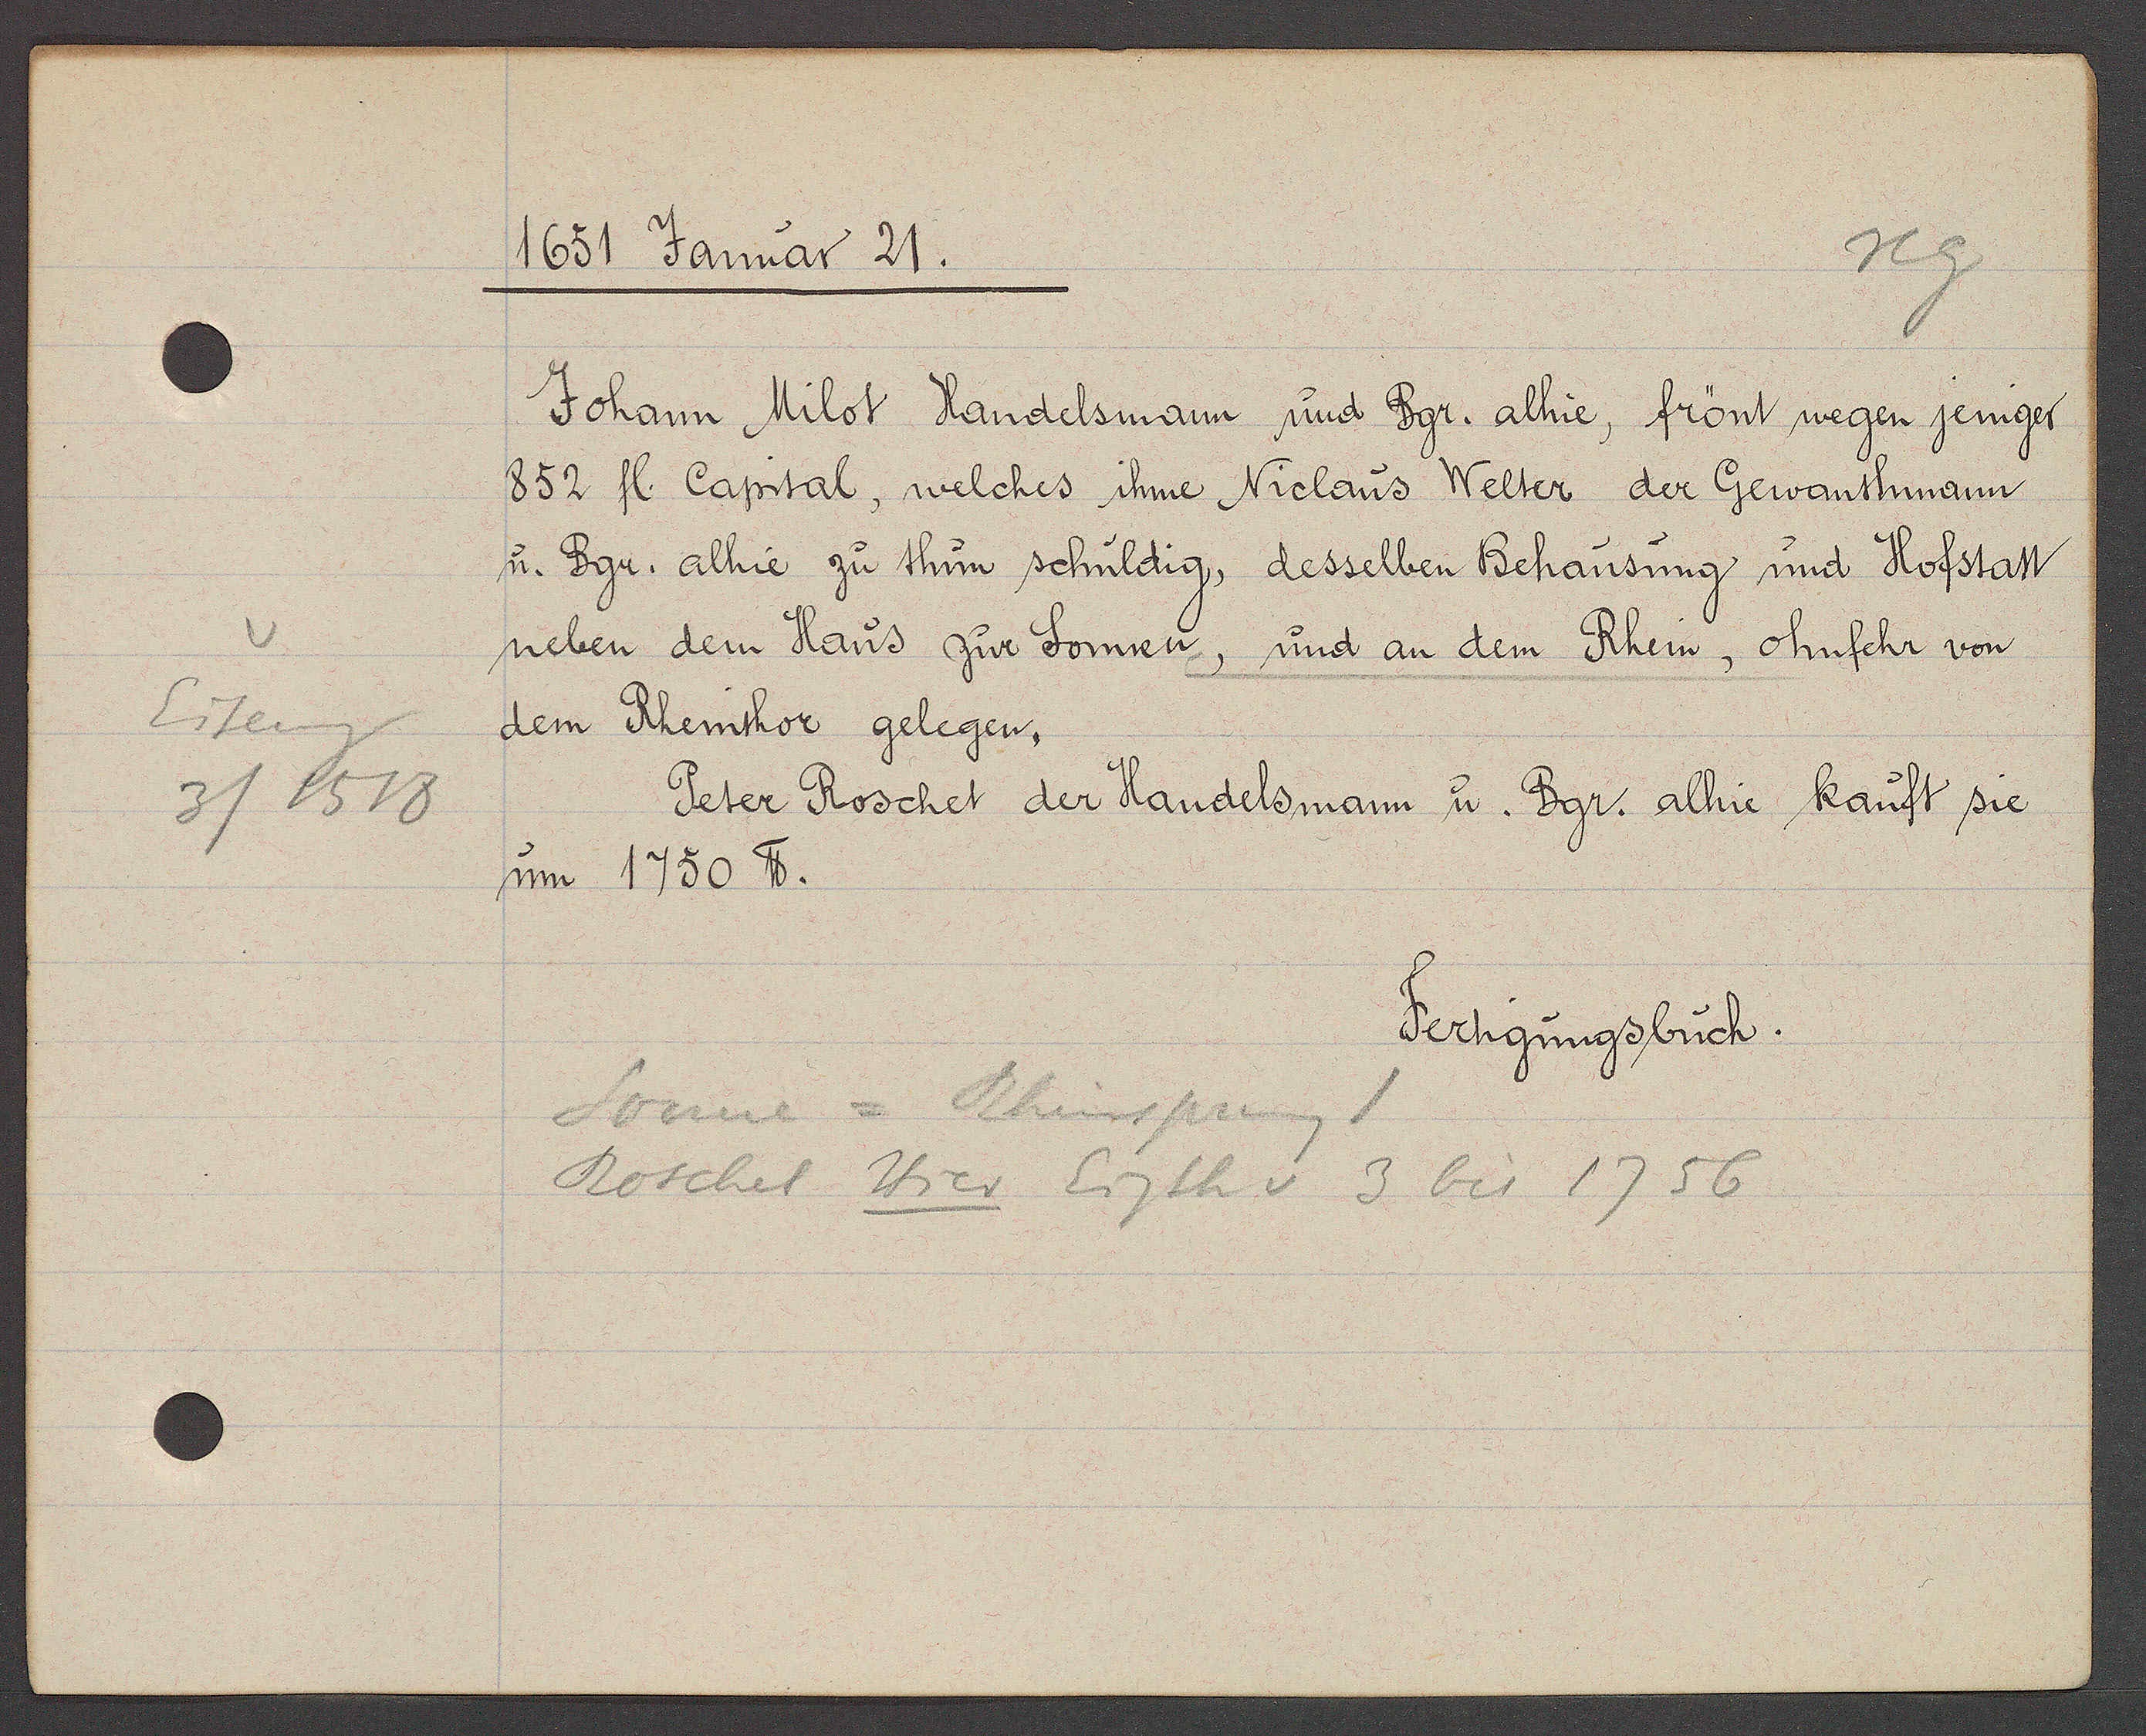
Transcript:
Eiseng
3 / 1518

1651 Januar 21.

Johann Milot Handelsmann und Bgr. alhie, frönt wegen jeniger
852 fl. Capital, welches ihme Niclaus Welter der Gewanthmann
u. Bgr. alhie zu thun schuldig, desselben Behausung und Hofstatt
neben dem Haus zur Sonnen, und an dem Rhein, ohnfehr von
dem Rheinthor gelegen,
Peter Roschet der Handelsmann u. Bgr. alhie kauft sie
um 1750 ℔.

Fertigungsbuch.

Sonne = Rheinsprung
Roschet Hier Eigth v 3 bis 1756